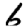
Digit: 6